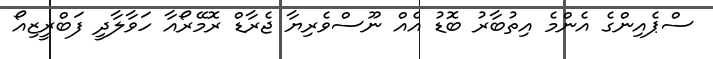
ސްޕެއިންގެ އެންމެ އިތުބާރު ބޮޑު އެއް ނޫސްވެރިޔާ ޖެރާޑް ރޮމޭރޯއާ ހަވާލާދީ ފަބްރީޒިއޯ